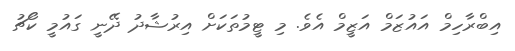
އިބްރާހިމް އައުޒަމް އަޒީމް އެވެ. މި ޓީމުތަކަށް އިރުޝާދު ދޭނީ ގައުމީ ކޯޗު